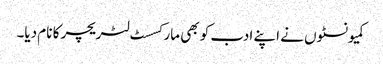
کمیونسٹوں نے اپنے ادب کو بھی مارکسسٹ لٹریچر کا نام دیا۔